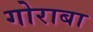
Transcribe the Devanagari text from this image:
गोराबा